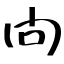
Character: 問